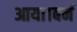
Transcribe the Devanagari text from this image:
आया।बर्न